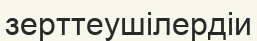
зерттеушілердіи